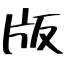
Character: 版